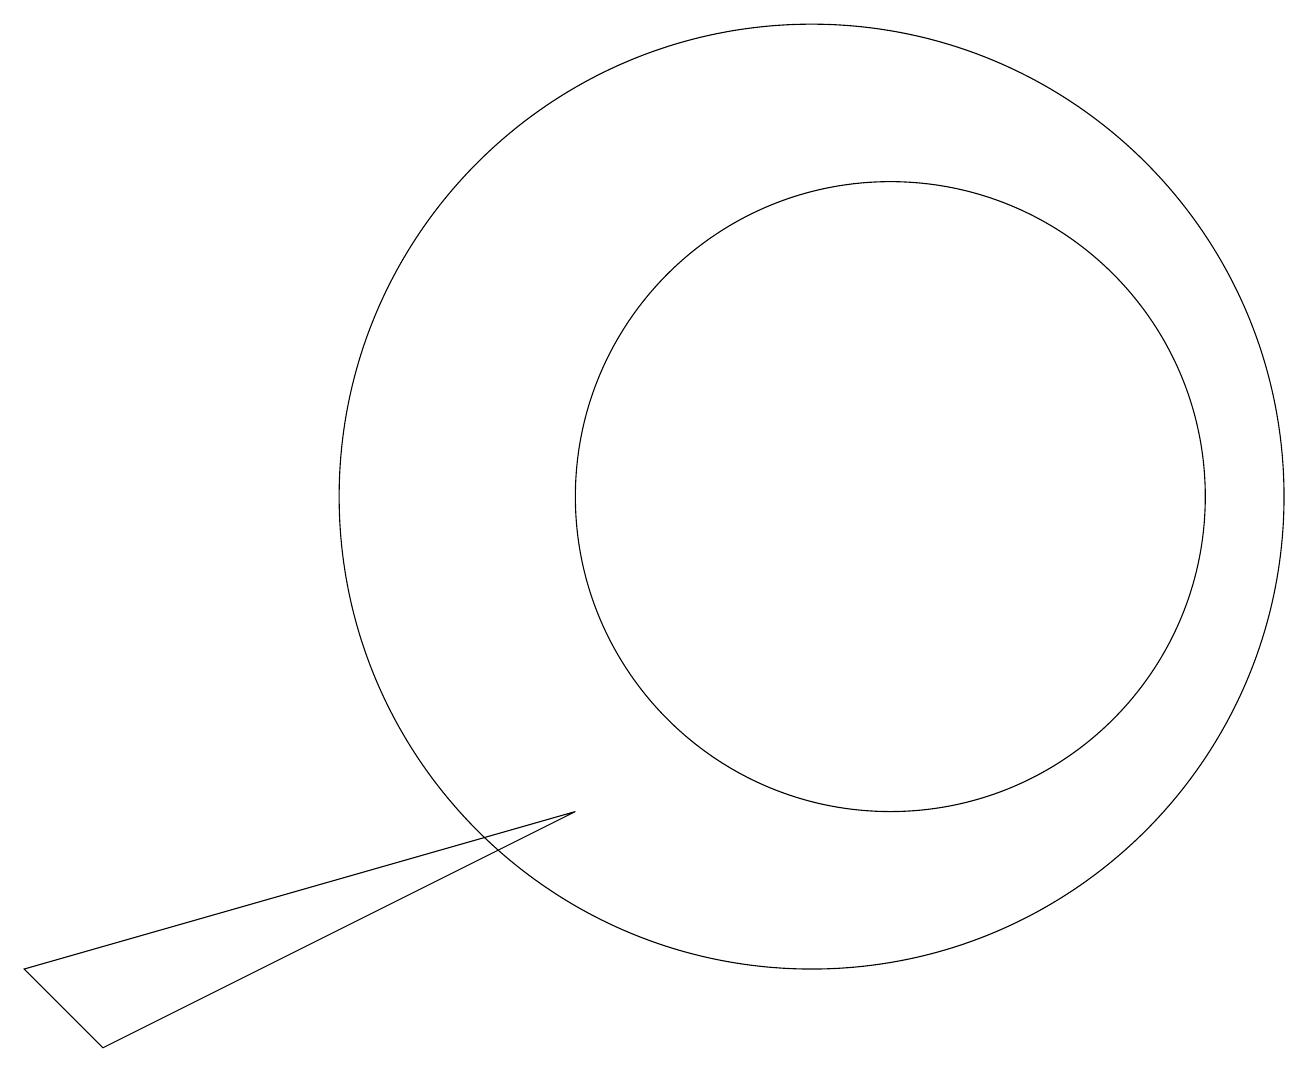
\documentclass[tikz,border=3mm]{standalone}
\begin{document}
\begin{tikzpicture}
\draw (7,6) -- (0,4) -- (1,3) -- cycle;
\draw (11,10) circle (4);
\draw (10,10) circle (6);
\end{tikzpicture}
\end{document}